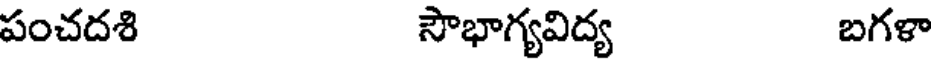
పంచదశి సౌభాగ్యవిద్య బగళా